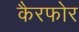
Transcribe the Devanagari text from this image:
कैरफोर